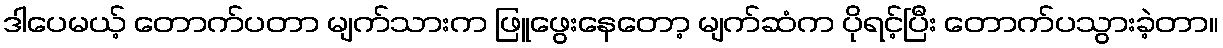
ဒါပေမယ့် တောက်ပတာ မျက်သားက ဖြူဖွေးနေတော့ မျက်ဆံက ပိုရင့်ပြီး တောက်ပသွားခဲ့တာ။